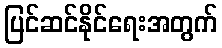
ပြင်ဆင်နိုင်ရေးအတွက်